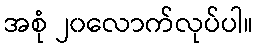
အစုံ ၂၀လောက်လုပ်ပါ။